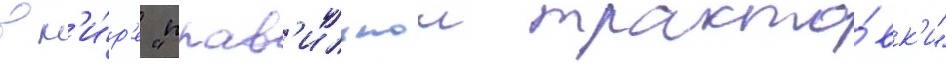
в м'и́р'е "прав'ильнои тракто́вк'и"